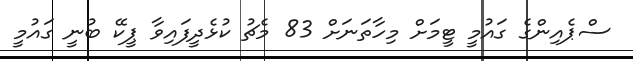
ސްޕެއިންގެ ގައުމީ ޓީމަށް މިހާތަނަށް 83 މެޗު ކުޅެދީފައިވާ ޕީކޭ ބުނީ ގައުމީ